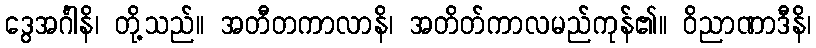
ဒွေအင်္ဂါနိ၊ တို့သည်။ အတီတကာလာနိ၊ အတိတ်ကာလမည်ကုန်၏။ ဝိညာဏာဒီနိ၊